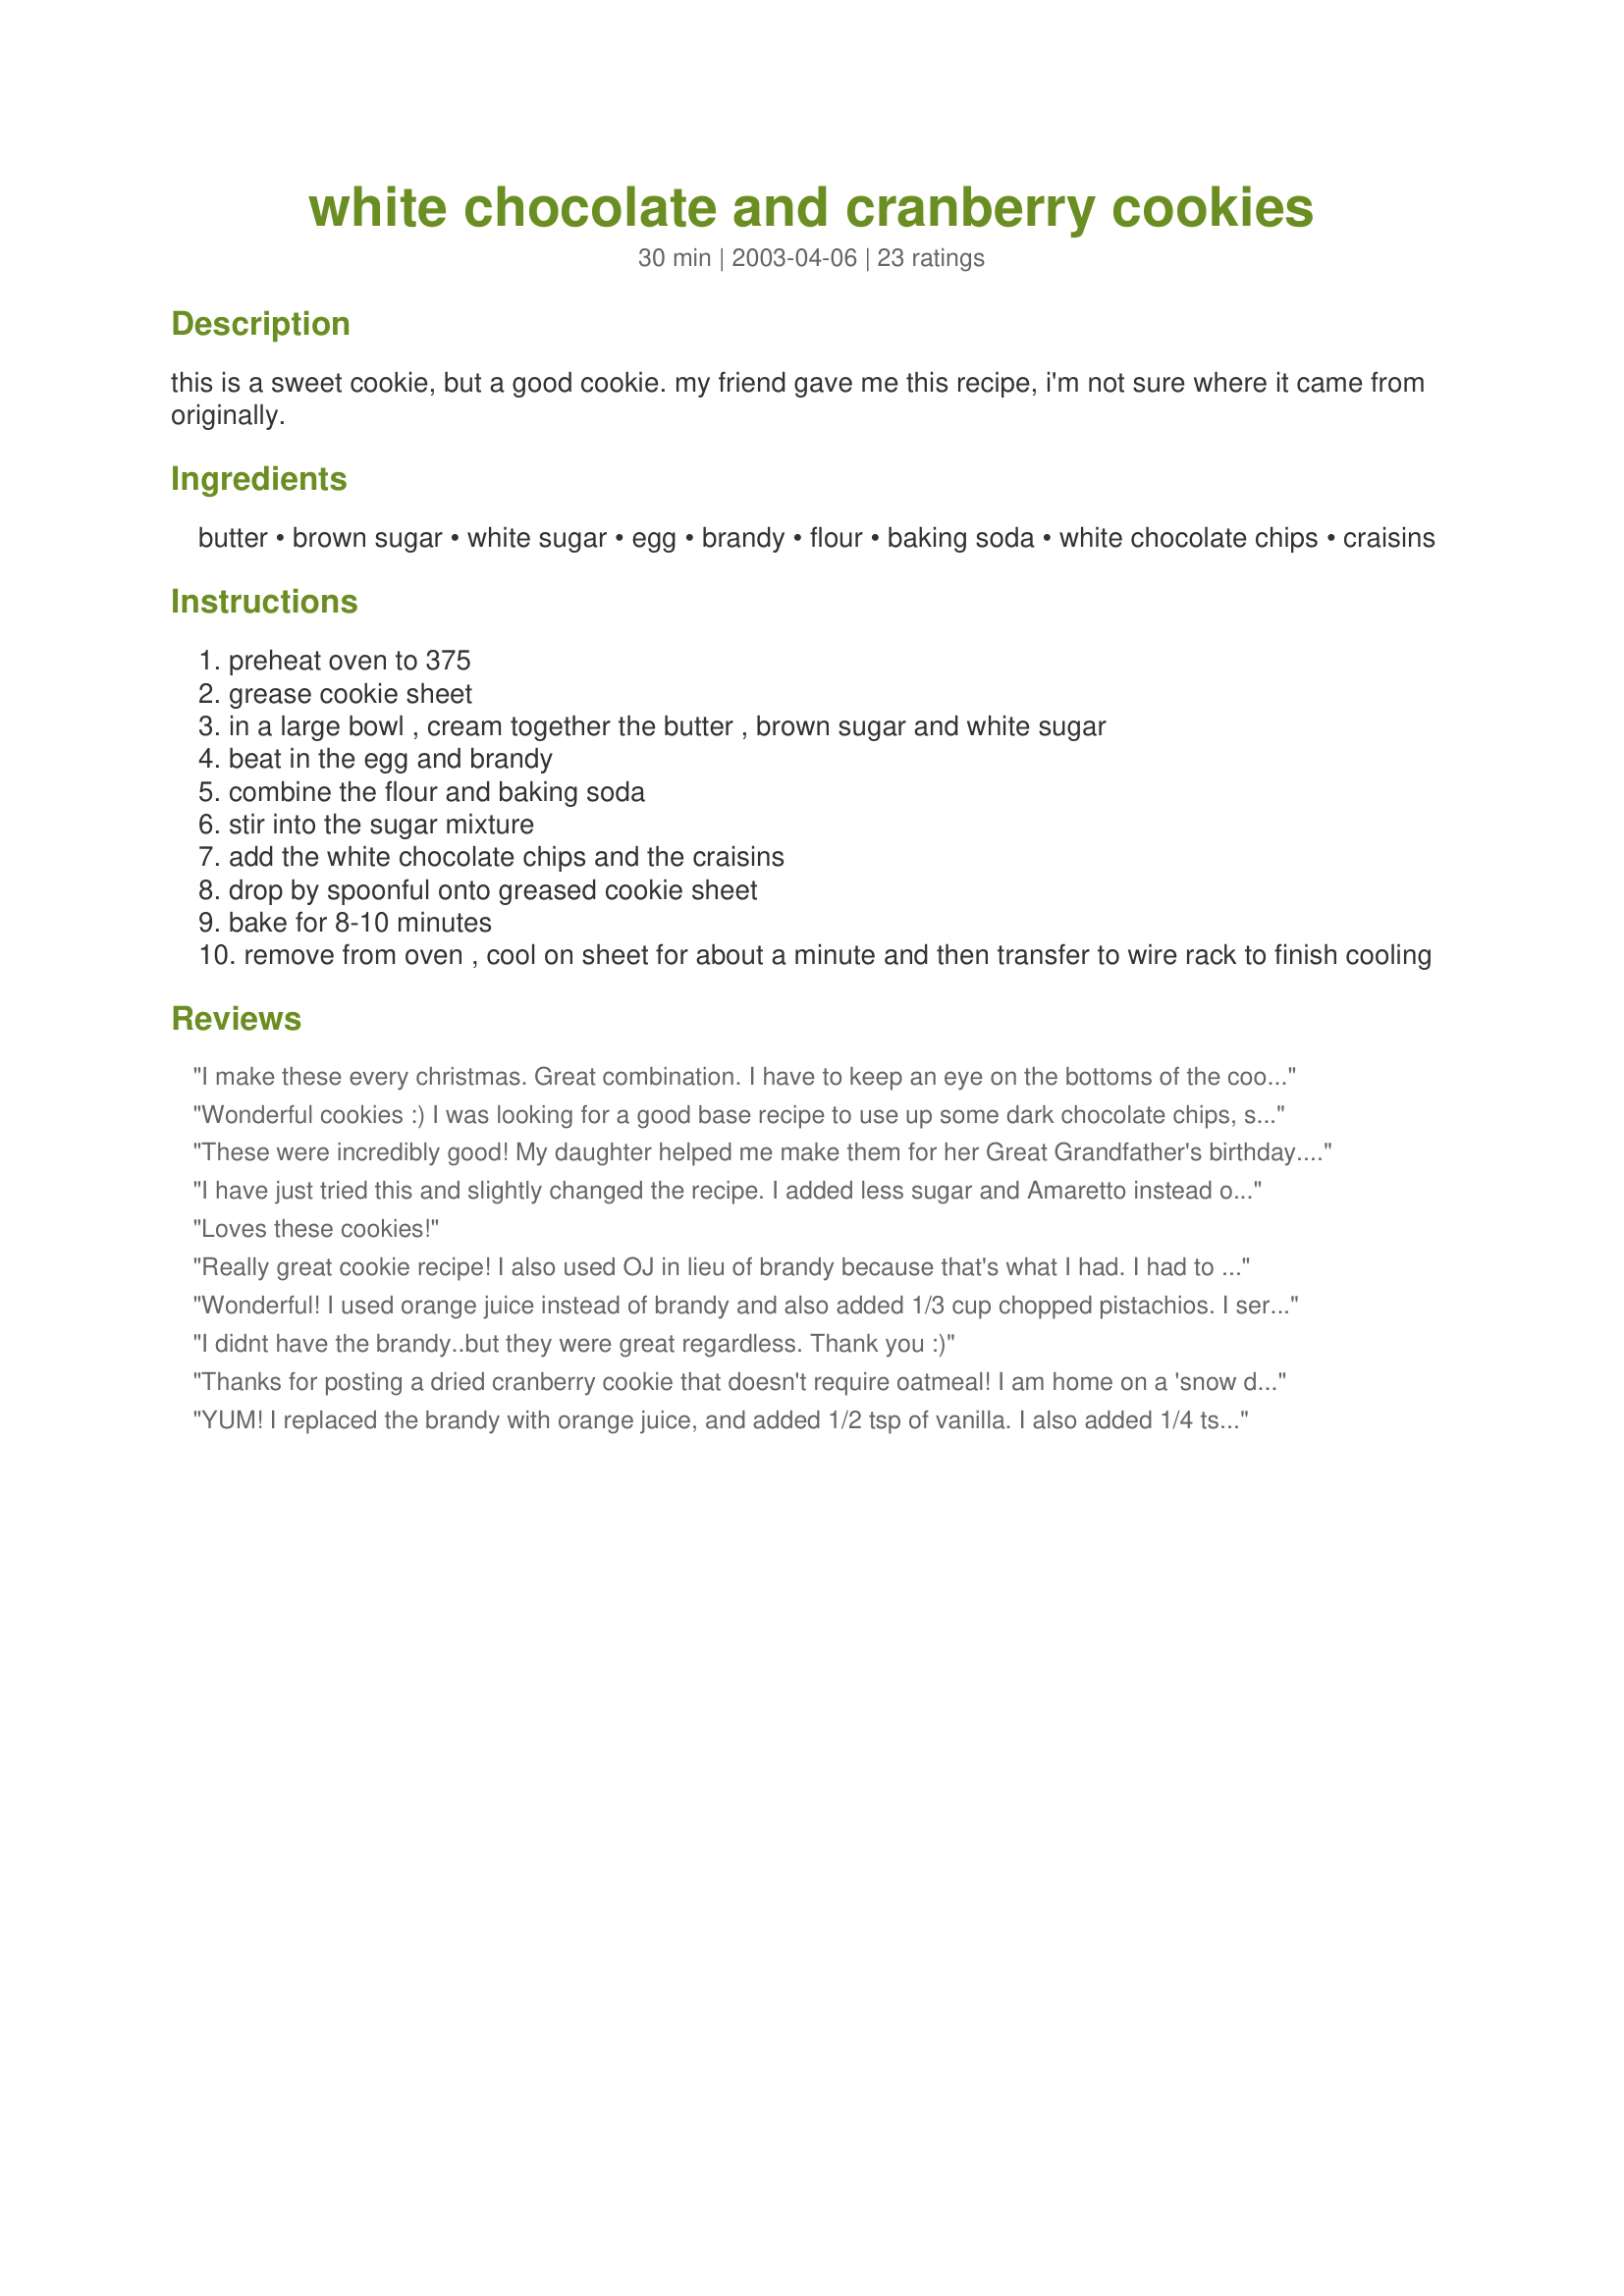
white chocolate and cranberry cookies
Preparation time: 30 minutes

this is a sweet cookie, but a good cookie. my friend gave me this recipe, i'm not sure where it came from originally.

Ingredients:
butter, brown sugar, white sugar, egg, brandy, flour, baking soda, white chocolate chips, craisins

Steps:
preheat oven to 375
grease cookie sheet
in a large bowl , cream together the butter , brown sugar and white sugar
beat in the egg and brandy
combine the flour and baking soda
stir into the sugar mixture
add the white chocolate chips and the craisins
drop by spoonful onto greased cookie sheet
bake for 8-10 minutes
remove from oven , cool on sheet for about a minute and then transfer to wire rack to finish cooling

Reviews:
I make these every christmas. Great combination. I have to keep an eye on the bottoms of the cookies when baking.
Wonderful cookies :) I was looking for a good base recipe to use up some dark chocolate chips, skor toffee bits and dried cranberries. Kim127's recipes are always a winner. Liked the use of brandy. I baked on a pampered chef clay baking sheet (love it) and they took 9 1/2 to 10 minutes and 3 minutes of cooling time before removing to wire rack. Thanks Kim! This is a keeper.
These were incredibly good! My daughter helped me make them for her Great Grandfather's birthday. I don't have Brandy on hand, but did have Bourbon and they are so good! The batter is a little thick, so we shaped and flattened them a bit and they baked for about 18 minutes.
I have just tried this and slightly changed the recipe. I added less sugar and Amaretto instead of Brandy and ofcourse amonds instead of Cranberries. The cookies turned out to be crispy & chewy in the middle. Very tasty and easy to make!
Loves these cookies!
Really great cookie recipe! I also used OJ in lieu of brandy because that's what I had. I had to cock the cookies a little longer than suggested, but they turned out lovely!
Wonderful! I used orange juice instead of brandy and also added 1/3 cup chopped pistachios. I served these with coffee for guests after dinner and they all commented favourably on the flavour - cranberries aren't all that common around here unless at Christmas with turkey.
I didnt have the brandy..but they were great regardless.
Thank you :)
Thanks for posting a dried cranberry cookie that doesn't require oatmeal! I am home on a 'snow day' and wanted to make holiday cookies, but have no oatmeal. I did decrease sugar, but it was the brown as I didn't have enough (did 1/4 brown and 1/2 c white). I also added another egg (2 medium) as it was pretty dry dough. I mixed approx. 1/2 tsp cinnamon in, rolled into balls and didn't squoosh them at all. They are perfect for my cookie platter.
YUM! I replaced the brandy with orange juice, and added 1/2 tsp of vanilla. I also added 1/4 tsp. of salt, along with swapping the chocolate for toasted walnuts. I also replaced 1/2 the butter with shortening...makes them a little more puffy and thick. YUM! Thanks
I followed Coffee Bean's suggestion of cutting out the white sugar altogether (since I don't like very sweet cookies) and the sweetness level was just right. Used amaretto instead of brandy with great effect. My only problem was that the cookies never spread and flattened, I felt like there was too much flour and not enough liquid for it to manage it. Despite this, the cookies taste wonderful, they're just bulkier!
Deliciously sweet but very good! The sweetness is more from the white chocolate and sweetened cranberries than from the sugar in the cookie dough. I added about 3/4 cup of chopped walnuts and think the nuts cut the sweetness a bit and added to the flavors.
I substituted 1T almond extract instead of using brandy. I also added 1/2 tsp salt. I bet the sugar could be cut down a bit. But I&#039;m very happy with the results I had!
Well, these are definately going on my Christmas Cookies list this year! Everybody mentioning 'sweet' worried me a bit so I omitted the white sugar, and they were still sweet enough to my liking. Didn't have white choc chips so chopped up 75g of plain white chocolate. I used a tablespoon measure (dipped in water to keep the dough from sticking) and got 31 medium sized cookies.
Very good! The brandy adds a special touch. Mine spread out more than the cookies pictured. So the next time I made them, I added an additional 1/4 cup of flour, and that took care of the spreading issue. Delicious!
Love these cookies. I used vanilla extract instead of brandy and they were wonderful! I also used a full cup of white choc chips. My husband said they were the best cookies I've ever made. Thanks for the recipe!!
I made this for *Zaar World Tour III* - I brought these to a picnic we had at the local playground. I left out the brandy because small children was going to eat them but I added one tablespoon of cranberry juice to make up the liquid. Everyone enjoyed them thank you Kim127
Sweeeeeeet...these cookies are very, very sweet, but also delicious. We loved the combination of white chocolate and craisins, which is turning out to be a classic. I know I'll make these cookies again, but will definitely cut the sugar in half and maybe toss in a few chopped pecans for good measure.
Wonderful cookies! I did cut the white sugar to 1/4 cup and next time will leave it out completely. The Craisins and white chocolate provide plenty of sweetness. I also substituted orange juice for the brandy. Definitely a cookie I'll make again!
Cranberries and white chocolate are a winning combination love this recipe. I replaced the brandy with orange juice. Mine baked up in 8 minutes and I got exactly 24 nice sized cookies I used a meduim cookie scoop. Thanks for sharing this recipe Kim these cookies are going to be made many times in the future. YUM
Delicious! White chocolate and craisins are a perfect combination in these cookies. I didn't have any brandy so I used 1 tablespoon orange juice with no problems. Thanks Kim for sharing this cookie recipe which I will be making often during the fall/Christmas season.
As always, I lined my sheet pans with parchment paper instead of greasing. Because the recipe doesn&#039;t specify with exactly what type of &quot;spoonful&quot; to drop the batter, I assumed it was a teaspoon and, thusly, got a bit more than 2 dozen cookies (about 32). I substituted vanilla extract for the brandy because I didn&#039;t have any, decreased the amount of cranberries to 3/4 cup, and increased the amount of white chocolate chips to 1 1/4 cups. They baked for about 13 minutes. Delicious cookies! This recipe is a keeper.
Really good cookies. However, I think next time I'll add more flour as the batter just didn't seem thick enough. They are worth making again if I can get them to bake just right
